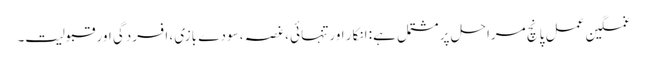
غمگین عمل پانچ مراحل پر مشتمل ہے: انکار اور تنہائی ، غصہ ، سودے بازی ، افسردگی اور قبولیت۔